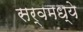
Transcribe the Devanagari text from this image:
सर्वमध्ये